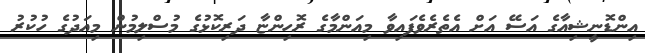
އިންޑޮނީޝިއާގެ އަސޭ އަށް އެތެރެވެފައިވާ މިއަންމާގެ ރޮހިންޏާ ދަރިކޮޅުގެ މުސްލިމުން މިއަދުގެ ހުކުރު